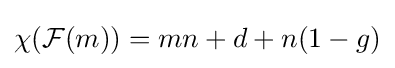
\chi ({\mathcal {F}}(m))=mn+d+n(1-g)